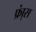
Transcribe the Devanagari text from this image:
फ्रा़ंस